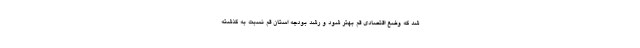
شد که وضع اقتصادی قم بهتر شود و رشد بودجه استان قم نسبت به گذشته